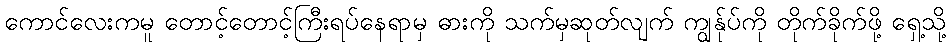
ကောင်လေးကမူ တောင့်တောင့်ကြီးရပ်နေရာမှ ဓားကို သက်မှဆုတ်လျက် ကျွန်ုပ်ကို တိုက်ခိုက်ဖို့ ရှေ့သို့